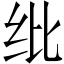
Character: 纰